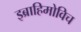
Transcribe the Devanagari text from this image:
इब्राहिमोविच